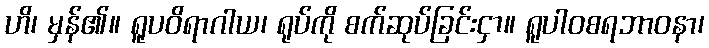
ဟိ၊ မှန်၏။ ရူပဝိရာဂါယ၊ ရုပ်ကို စက်ဆုပ်ခြင်းငှာ။ ရူပါဝစရဘာဝနာ၊